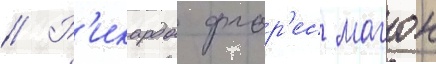
// Р'икардо флор'ес магон